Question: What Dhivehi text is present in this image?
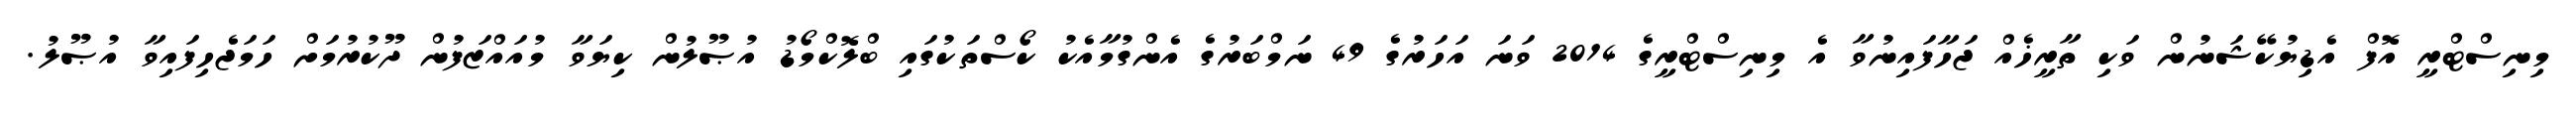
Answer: މިނިސްޓްރީ އޮފް އެޑިޔުކޭޝަނުން ވަކި ތާރީޚެއް ޖަހާފައިނުވާ އެ މިނިސްޓްރީގެ 2014 ވަނަ އަހަރުގެ 49 ނަމްބަރުގެ އެންގުމާއެކު ކޯސްތަކުގައި ބްލޮކްމޯޑު އުޞޫލުން ކިޔަވާ މުއައްޒަފުން ދޫކުރުމަށް ހަމަޖެހިފައިވާ އުޞޫލު.